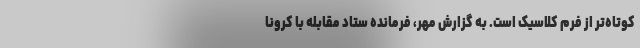
کوتاه‌تر از فرم کلاسیک است. به گزارش مهر، فرمانده ستاد مقابله با کرونا